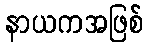
နာယကအဖြစ်